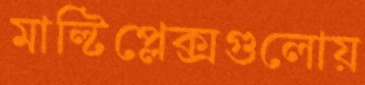
মাল্টিপ্লেক্সগুলোয়